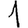
Digit: 1